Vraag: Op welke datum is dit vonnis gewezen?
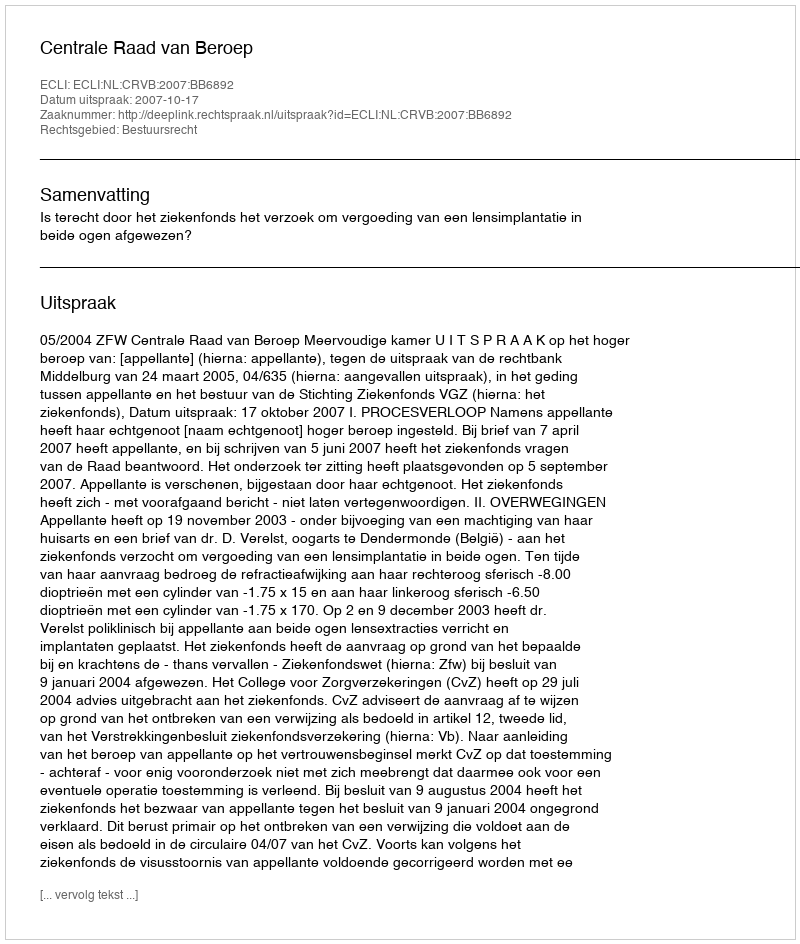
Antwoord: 2007-10-17